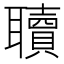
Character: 𮋿